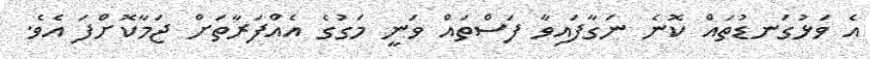
އެ ވަޅުގަނޑުތައް ކޮނެ ނަގާފައިވާ ފަސްތައް ވަނީ މަގުގެ އެއްފަރާތަށް ޖަމާކޮށްފަ އެވެ.